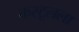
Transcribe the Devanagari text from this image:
करटूलला